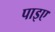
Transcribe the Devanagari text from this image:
पाइए